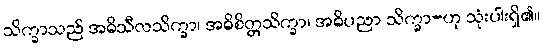
သိက္ခာသည် အဓိသီလသိက္ခာ၊ အဓိစိတ္တသိက္ခာ၊ အဓိပညာ သိက္ခာ-ဟု သုံးပါးရှိ၏။